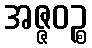
အဇ္ဇဝဉ္စ